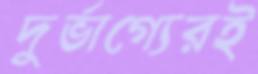
দুর্ভাগ্যেরই